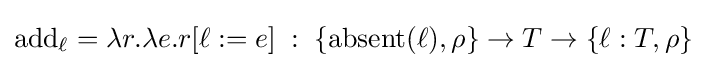
\mathrm {add_{\ell }} =\lambda r.\lambda e.r[\ell :=e]\;:\;\{\mathrm {absent} (\ell ),\rho \}\rightarrow T\rightarrow \{\ell :T,\rho \}